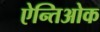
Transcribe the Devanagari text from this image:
ऐन्तिओक